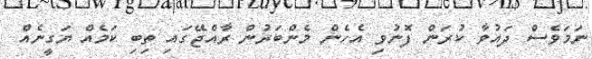
ނަމަވެސް ދައުވާ ކުރަން ފޮނުވި އެހެން މެންބަރުން ރާއްޖޭގައި ތިބި ކަމެއް ޔަގީނެއް